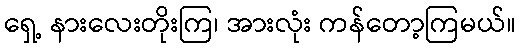
ရှေ့ နားလေးတိုးကြ၊ အားလုံး ကန်တော့ကြမယ်။